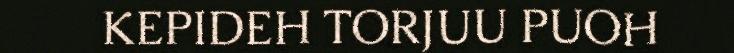
KEPIDEH TORJUU PUOH